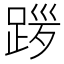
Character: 𫏎